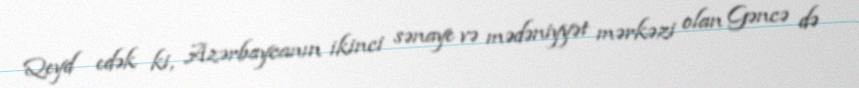
Qeyd edək ki, Azərbaycanın ikinci sənaye və mədəniyyət mərkəzi olan Gəncə də